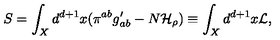
S = \int _ { X } d ^ { d + 1 } x ( \pi ^ { a b } g _ { a b } ^ { \prime } - N { \cal H } _ { \rho } ) \equiv \int _ { X } d ^ { d + 1 } x { \cal L } ,